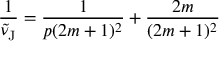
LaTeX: \frac { 1 } { \widetilde { \nu } _ { \mathrm { J } } } = \frac { 1 } { p ( 2 m + 1 ) ^ { 2 } } + \frac { 2 m } { ( 2 m + 1 ) ^ { 2 } }